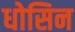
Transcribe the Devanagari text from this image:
धोसिन